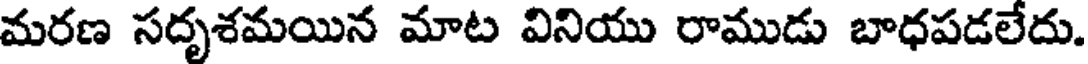
మరణ సదృశమయిన మాట వినియు రాముడు బాధపడలేదు.